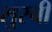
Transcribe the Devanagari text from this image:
सुरची